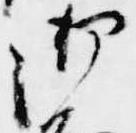
御